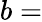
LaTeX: b=